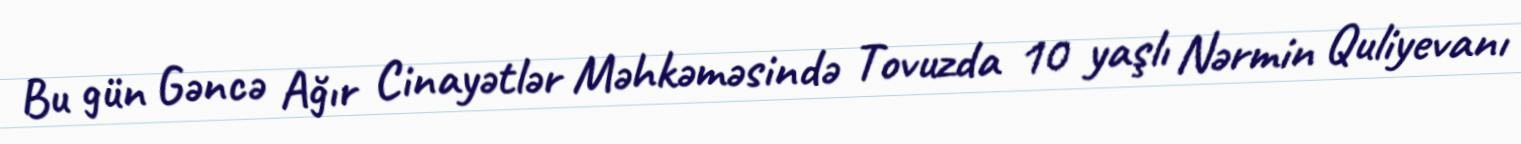
Bu gün Gəncə Ağır Cinayətlər Məhkəməsində Tovuzda 10 yaşlı Nərmin Quliyevanı